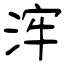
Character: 浶